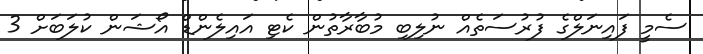
ސެމީ ފައިނަލްގެ ފުރުސަތެއް ނުލިބި މުބާރާތުން ކެޓި އައިލެންޑް އޯޝަން ކުލަބަށް 3